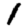
Digit: 1